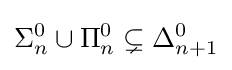
\Sigma _{n}^{0}\cup \Pi _{n}^{0}\subsetneq \Delta _{n+1}^{0}